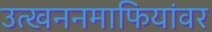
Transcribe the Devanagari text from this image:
उत्खननमाफियांवर